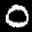
Label: 0